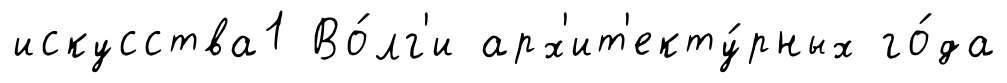
искусства1 Во́лг'и арх'ит'екту́рных го́да